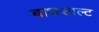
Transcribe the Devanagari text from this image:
बाथसाल्ट